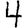
Digit: 4